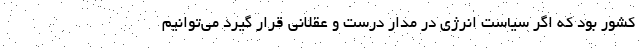
کشور بود که اگر سیاست انرژی در مدار درست و عقلانی قرار گیرد می‌توانیم